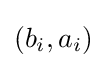
(b_{i},a_{i})